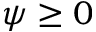
\psi \geq 0